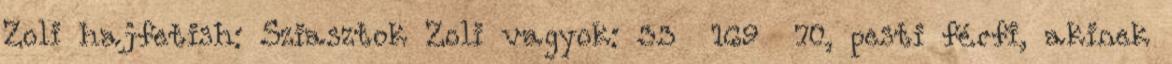
Zoli hajfetish: Sziasztok Zoli vagyok: 33 169 70, pesti férfi, akinek